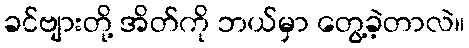
ခင်ဗျားတို့ အိတ်ကို ဘယ်မှာ တွေ့ခဲ့တာလဲ။